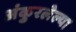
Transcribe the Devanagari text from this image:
अंकुरलेल्या